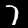
Digit: 7